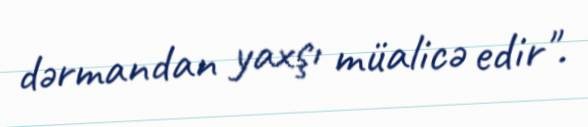
dərmandan yaxşı müalicə edir".